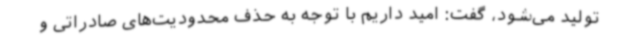
تولید می‌شود، گفت: امید داریم با توجه به حذف محدودیت‌های صادراتی و